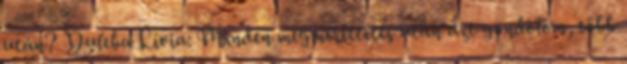
után? Duleba Lívia: Minden megmérettetés után azt gondolom, több